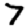
Digit: 7